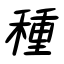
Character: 種